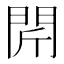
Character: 𨳜